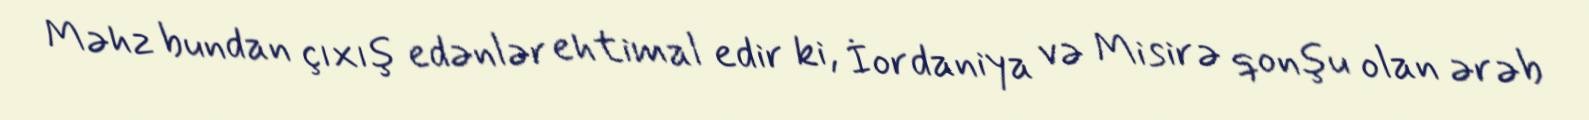
Məhz bundan çıxış edənlər ehtimal edir ki, İordaniya və Misirə qonşu olan ərəb